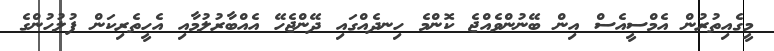
މީގެއިތުރުން އެމްސީއެސް އިން ބޭނުންވެއްޖެ ކޮންމެ ހިނދެއްގައި ދޭންޖެހޭ އެއްބާރުލުމާއި އެހީތެރިކަން ފުލުހުންގެ